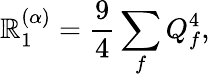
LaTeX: \mathbb{R}_{1}^{(\alpha)}=\frac{{9}}{{4}}\sum_{f}Q_{f}^{4},